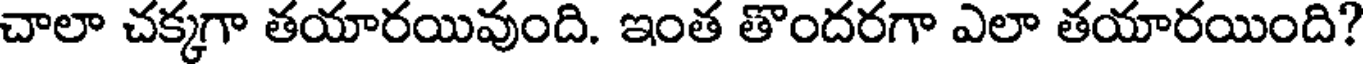
చాలా చక్కగా తయారయివుంది. ఇంత తొందరగా ఎలా తయారయింది?